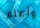
وأعلم